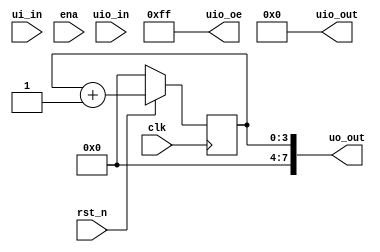
module tt_um_kvosic_counter (
    input  wire [7:0] ui_in,    // Dedicated inputs - connected to the input switches
    output wire [7:0] uo_out,   // Dedicated outputs - connected to the 7 segment display
    input  wire [7:0] uio_in,   // IOs: Bidirectional Input path
    output wire [7:0] uio_out,  // IOs: Bidirectional Output path
    output wire [7:0] uio_oe,   // IOs: Bidirectional Enable path (active high: 0=input, 1=output)
    input  wire       ena,      // will go high when the design is enabled
    input  wire       clk,      // clock
    input  wire       rst_n     // reset_n - low to reset
);

    wire reset = ! rst_n;
    assign uo_out[7:4] = 4'd0;
    assign uo_out[3:0] = ctr_r;

    /* verilator lint_off UNUSEDSIGNAL */
    wire [7:0] dummy1 = ui_in;
    wire [7:0] dummy2 = uio_in;
    wire dummy3 = ena;
    /* verilator lint_on UNUSEDSIGNAL */

    // use bidirectionals as outputs
    assign uio_oe = 8'b11111111;
    assign uio_out = 8'd0;

    // declare local registers
    reg [3:0] ctr_r;

    // here is the action
    always @(posedge clk) begin
        if (reset) begin
            ctr_r <= 4'd0;
        end else begin
		ctr_r <= ctr_r + 1'b1;
        end
    end

endmodule